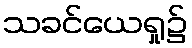
သခင်ယေရှု၌